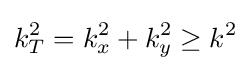
k_{T}^{2}=k_{x}^{2}+k_{y}^{2}\geq k^{2}